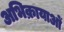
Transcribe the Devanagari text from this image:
अभिक्रायाओं